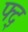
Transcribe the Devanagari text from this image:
फ्द्